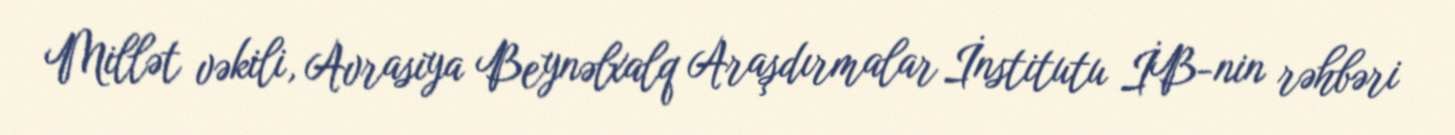
Millət vəkili, Avrasiya Beynəlxalq Araşdırmalar İnstitutu İB-nin rəhbəri